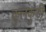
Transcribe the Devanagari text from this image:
कुलकुडी